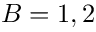
B = 1 , 2